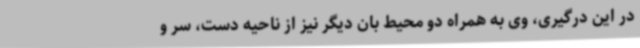
در این درگیری، وی به همراه دو محیط بان دیگر نیز از ناحیه دست، سر و